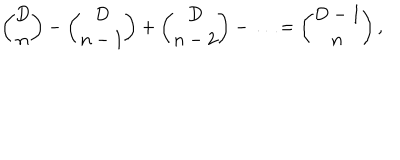
{ \binom { D } { n } } - { \binom { D } { n - 1 } } + { \binom { D } { n - 2 } } - \ldots = { \binom { D - 1 } { n } } \, ,